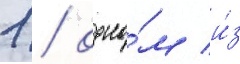
1 / одно́м и́з